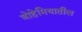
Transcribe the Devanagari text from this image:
बोहेमियातील